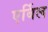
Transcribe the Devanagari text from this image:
एर्बिल